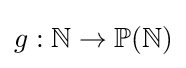
g:\mathbb {N} \to \mathbb {P} (\mathbb {N} )